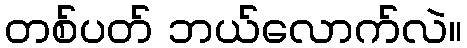
တစ်ပတ် ဘယ်လောက်လဲ။